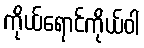
ကိုယ်ရောင်ကိုယ်ဝါ